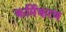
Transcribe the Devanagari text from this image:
कर्मिकरण